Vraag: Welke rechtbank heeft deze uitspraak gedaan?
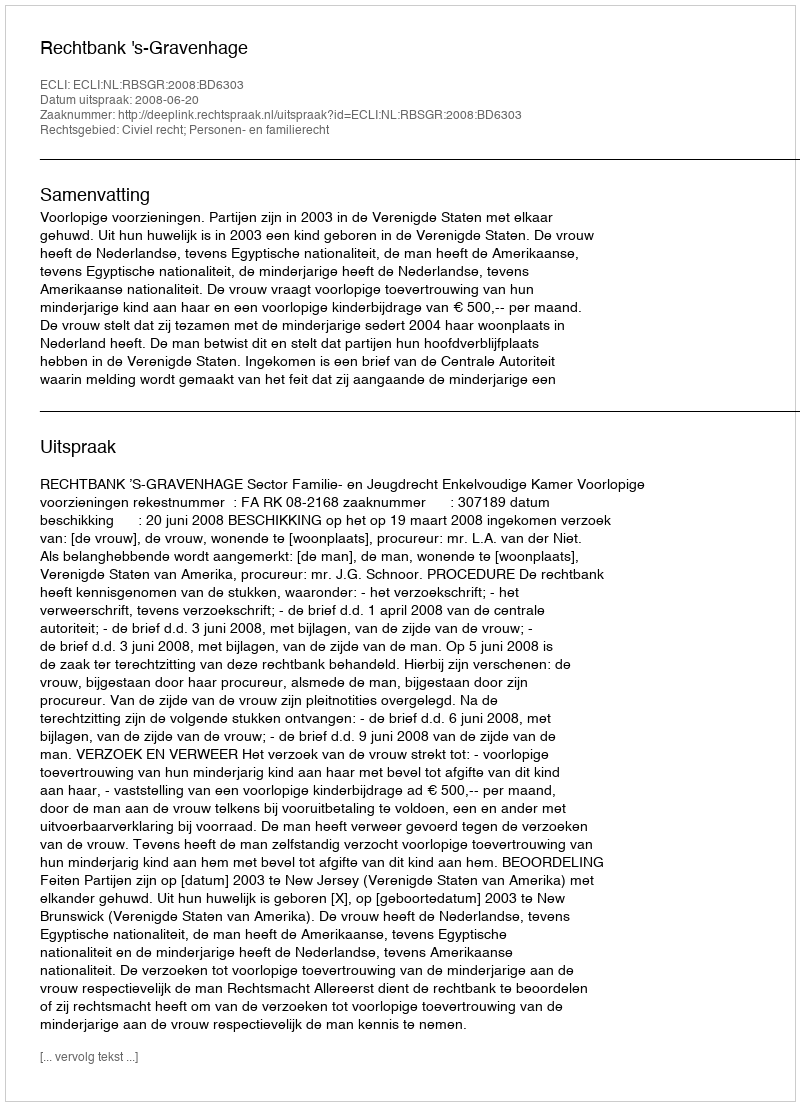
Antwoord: Rechtbank 's-Gravenhage